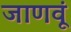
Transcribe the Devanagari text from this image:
जाणवूं